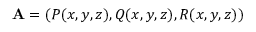
\mathbf { A } = ( P ( x , y , z ) , Q ( x , y , z ) , R ( x , y , z ) )